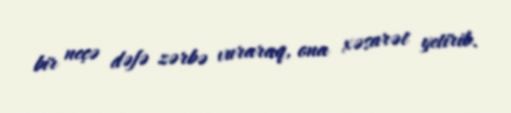
bir neçə dəfə zərbə vuraraq, ona xəsarət yetirib.